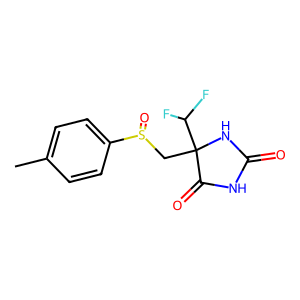
SMILES: Cc1ccc(S(=O)CC2(C(F)F)NC(=O)NC2=O)cc1
Inhibits HIV replication: No